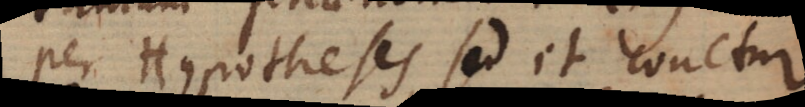
per Hypotheses, sed et conetur